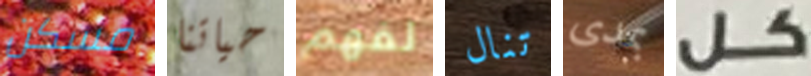
مسكن حياتنا لفهم تنال بمدى كل